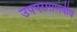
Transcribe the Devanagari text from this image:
उपपरमाणवीय